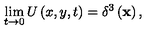
\lim _ { t \rightarrow 0 } U \left( x , y , t \right) = \delta ^ { 3 } \left( \mathbf { x } \right) ,